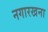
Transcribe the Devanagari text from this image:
नगारखना